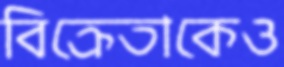
বিক্রেতাকেও